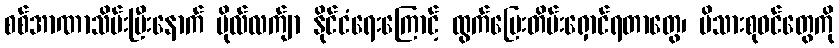
စစ်အာဏာသိမ်းပြီးနောက် ဗိုလ်လက်ျာ နိုင်ငံရေးကြောင့် ထွက်ပြေးတိမ်းရှောင်ရတာတွေ၊ မိသားစုဝင်တွေကို